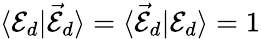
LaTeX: \langle{\cal E}_{d}|{\cal\vec{E}}_{d}\rangle=\langle{\cal\vec{E}}_{d}|{\cal E}_{d}\rangle=1